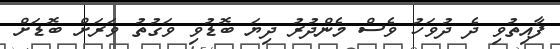
ފާއިތުވި ދެ ދުވަހު ވެސް މެންދުރު ދިޔަ ބޮޑުވި ވަގުތު ވަރަށް ބޮޑަށް